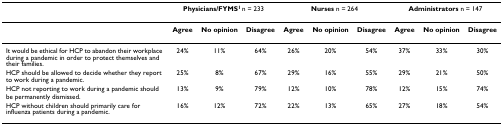
|  | <COLSPAN=3> Physicians/FYMS1 n = 233 | <COLSPAN=3> Nurses n = 264 | <COLSPAN=3> Administrators n = 147 |
 | --- | --- | --- | --- | --- | --- | --- | --- | --- | --- |
 |  | Agree | No opinion | Disagree | Agree | No opinion | Disagree | Agree | No opinion | Disagree |
 | It would be ethical for HCP to abandon their workplace during a pandemic in order to protect themselves and their families. | 24% | 11% | 64% | 26% | 20% | 54% | 37% | 33% | 30% |
 | HCP should be allowed to decide whether they report to work during a pandemic. | 25% | 8% | 67% | 29% | 16% | 55% | 29% | 21% | 50% |
 | HCP not reporting to work during a pandemic should be permanently dismissed. | 13% | 9% | 79% | 12% | 10% | 78% | 12% | 15% | 74% |
 | HCP without children should primarily care for influenza patients during a pandemic. | 16% | 12% | 72% | 22% | 13% | 65% | 27% | 18% | 54% |